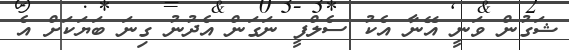
ޝަގުން ވަނީ އޭނާ އެކު ސެލްފީ ނަގަން އެދުނު ގިނަ ބަޔަކަށް އެ